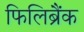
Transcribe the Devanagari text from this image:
फिलिब्रैंक